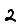
Digit: 2